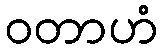
ဝတာဟံ